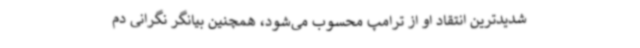
شدیدترین انتقاد او از ترامپ محسوب می‌شود، همچنین بیانگر نگرانی دم